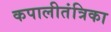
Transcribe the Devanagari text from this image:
कपालीतंत्रिका